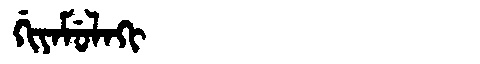
Manchu: ᡤᡳᠶᠠᠮᡠᠯᠠᡴᡳ
Romanization: GIYAMULAKI